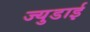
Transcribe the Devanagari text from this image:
ज्युडाई